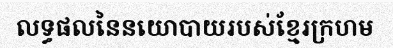
លទ្ធផលនៃនយោបាយរបស់ខ្មែរក្រហម